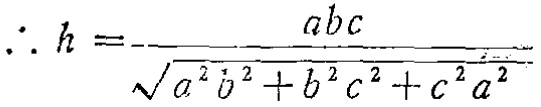
\(\therefore h = \frac{abc}{\sqrt{a^{2}b^{2}+b^{2}c^{2}+c^{2}a^{2}}}\)